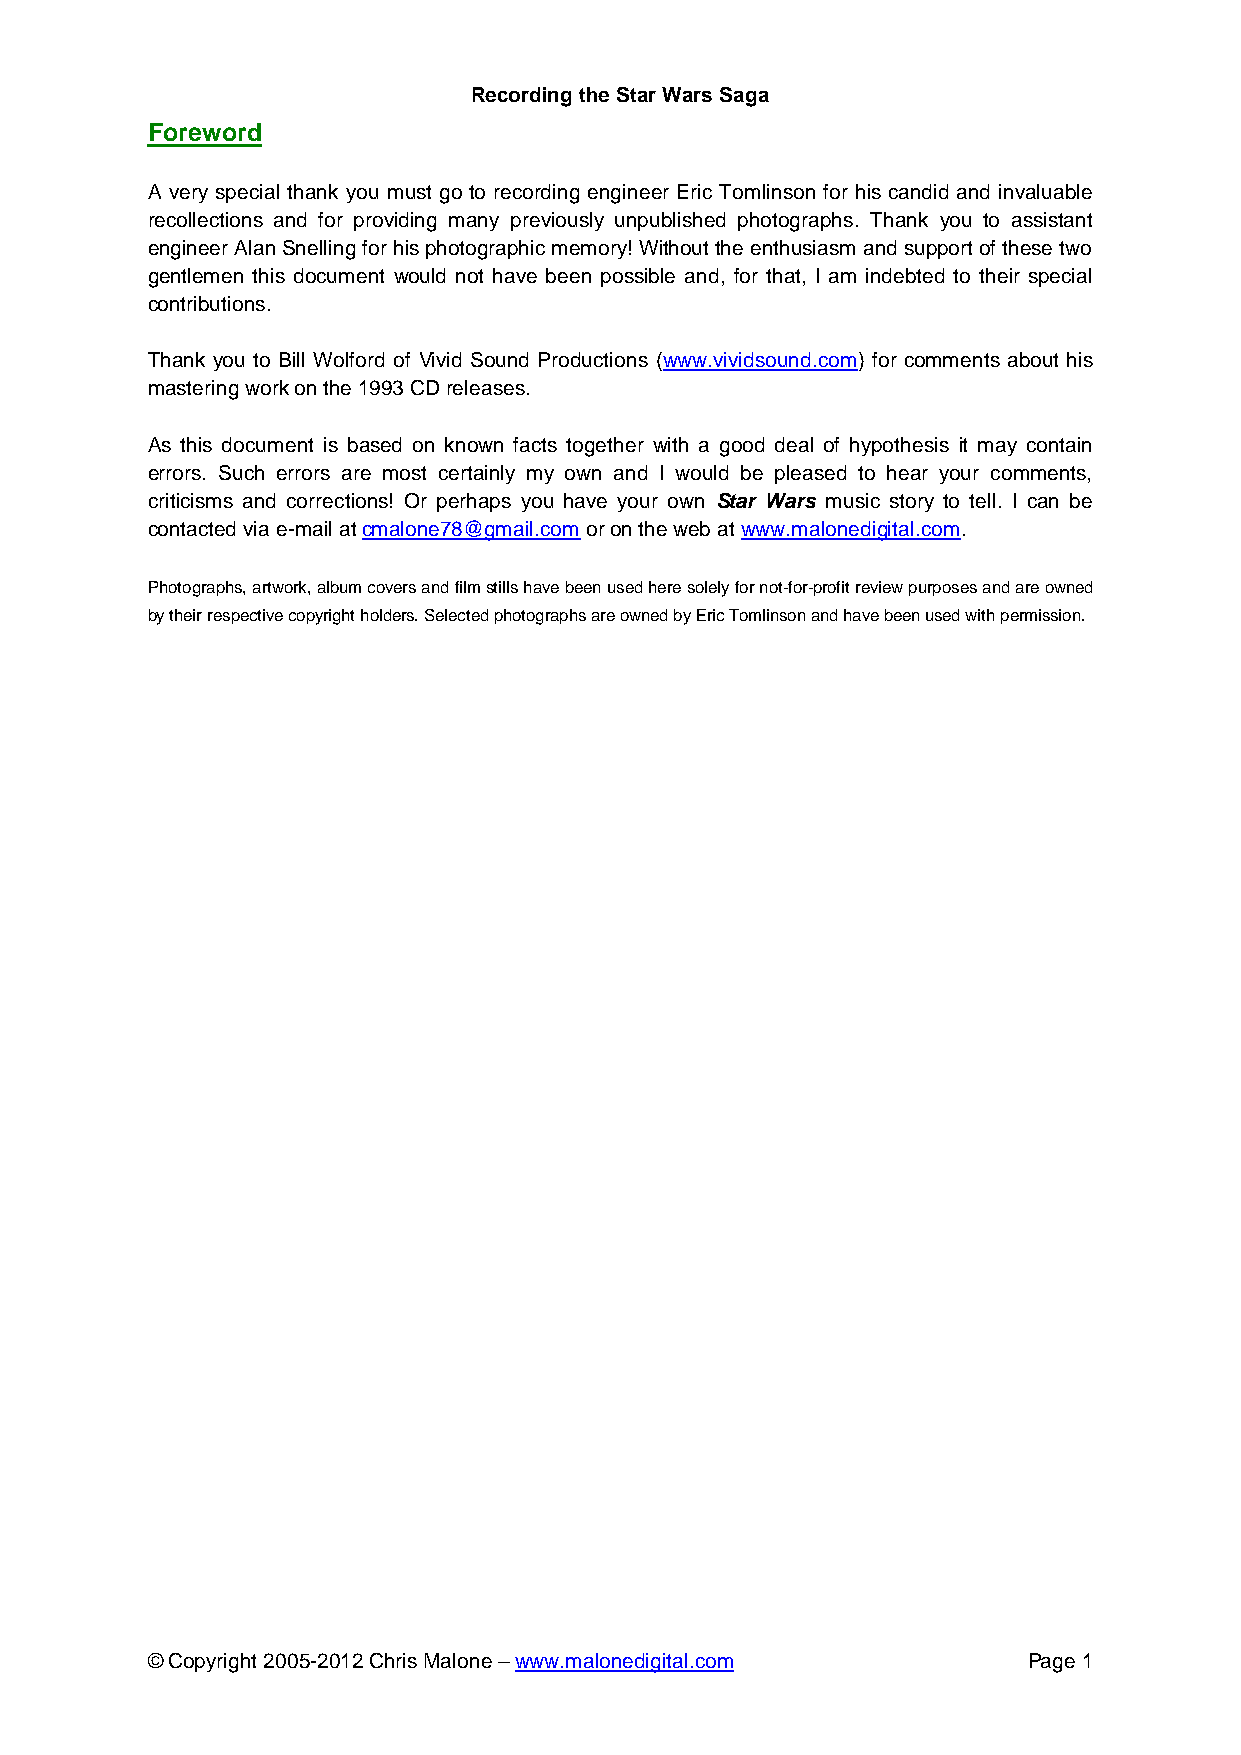
Recording the Star Wars Saga
 Foreword
 A very special thank you must go to recording engineer Eric Tomlinson for his candid and invaluable
 recollections and for providing many previously unpublished photographs. Thank you to assistant
 engineer Alan Snelling for his photographic memory! Without the enthusiasm and support of these two
 gentlemen this document would not have been possible and, for that, I am indebted to their special
 contributions.
 Thank you to Bill Wolford of Vivid Sound Productions (www.vividsound.com) for comments about his
 mastering work on the 1993 CD releases.
 As this document is based on known facts together with a good deal of hypothesis it may contain
 errors. Such errors are most certainly my own and I would be pleased to hear your comments,
 criticisms and corrections! Or perhaps you have your own Star Wars music story to tell. I can be
 contacted via e-mail at cmalone78@gmail.com or on the web at www.malonedigital.com.
 Photographs, artwork, album covers and film stills have been used here solely for not-for-profit review purposes and are owned
 by their respective copyright holders. Selected photographs are owned by Eric Tomlinson and have been used with permission.
 © Copyright 2005-2012 Chris Malone – www.malonedigital.com Page 1